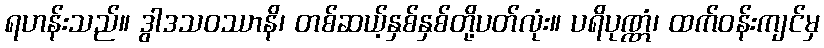
ရဟန်းသည်။ ဒွါဒသဝဿာနိ၊ တစ်ဆယ့်နှစ်နှစ်တို့ပတ်လုံး။ ပရိပုဏ္ဏံ၊ ထက်ဝန်းကျင်မှ